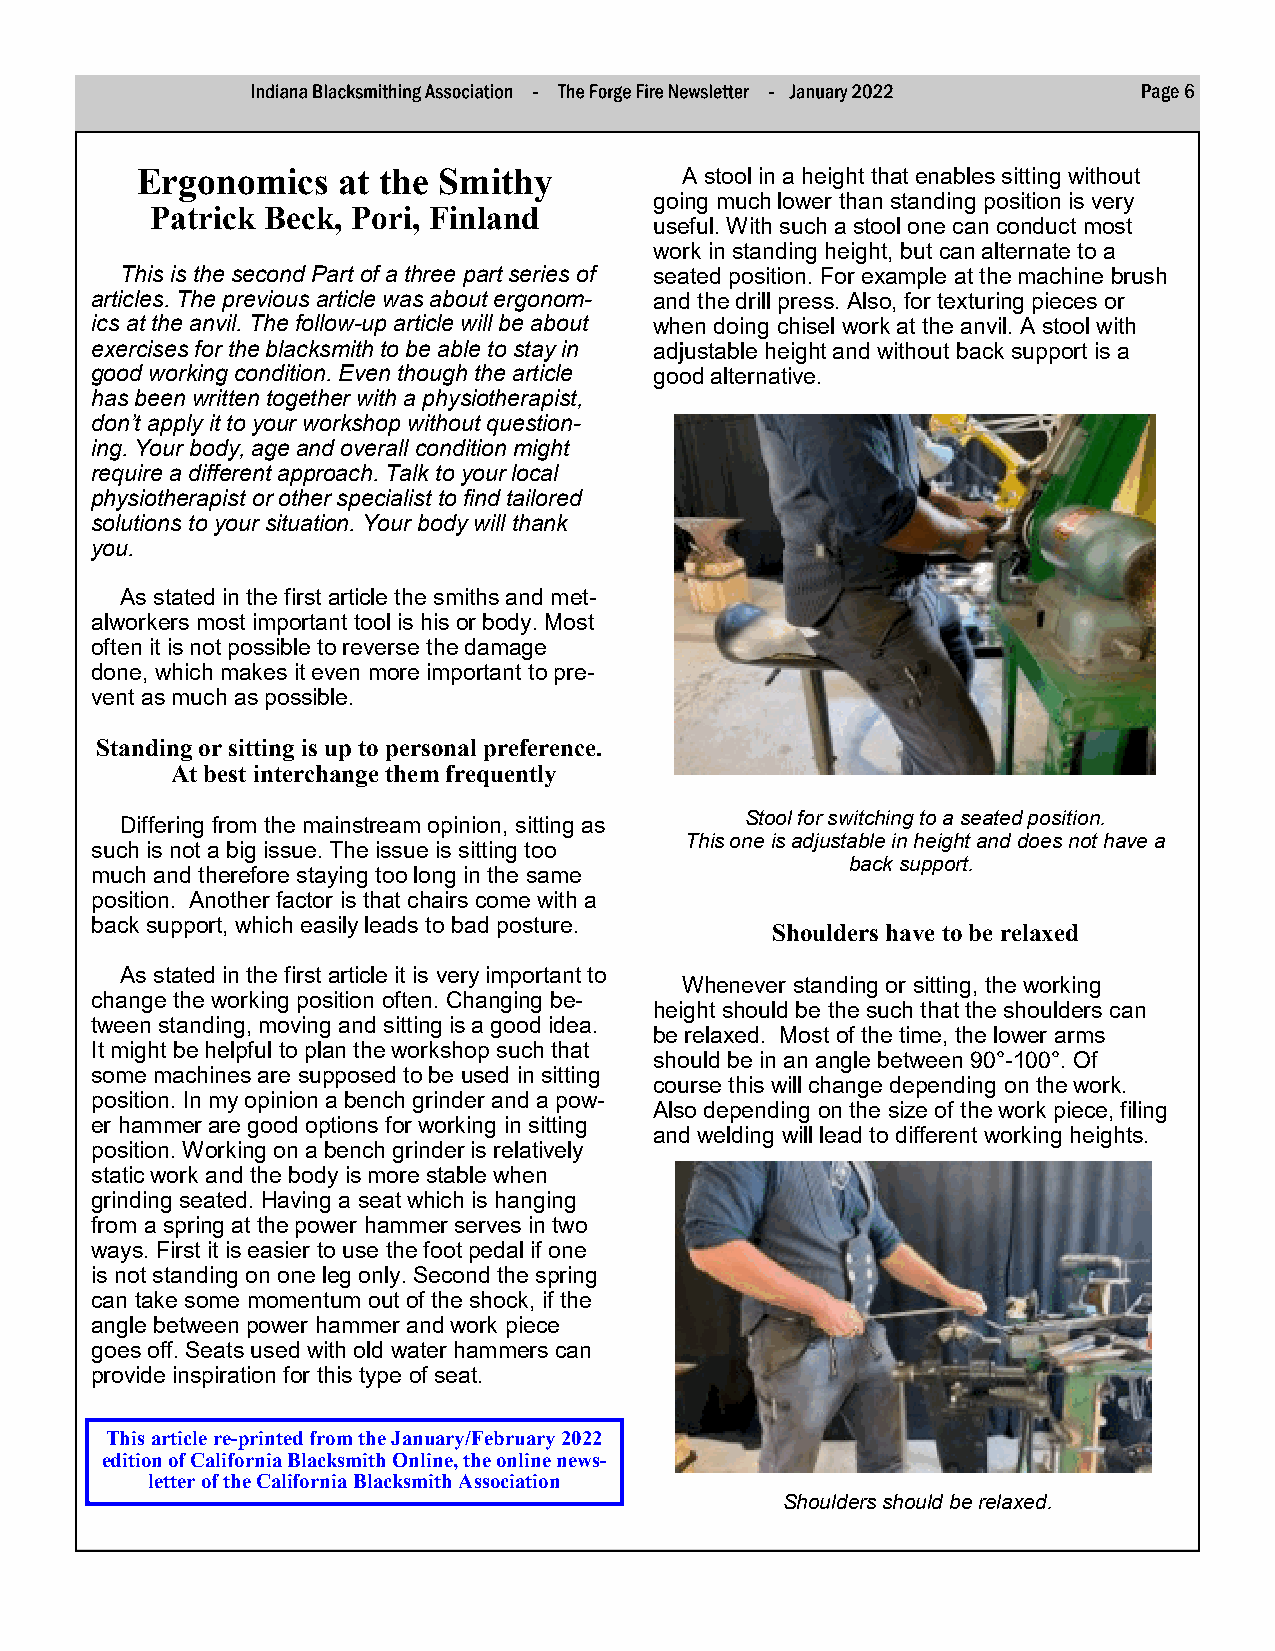
Page 6
 Ergonomics   at the Smithy          A stool in a height that enables sitting without
 going much lower than standing position is very
 Patrick Beck, Pori, Finland
 useful. With such a stool one can conduct most
 work in standing height, but can alternate to a
 This is the second Part of a three part series of seated position. For example at the machine brush
 articles. The previous article was about ergonom- and the drill press. Also, for texturing pieces or
 ics at the anvil. The follow-up article will be about when doing chisel work at the anvil. A stool with
 exercises for the blacksmith to be able to stay in adjustable height and without back support is a
 good working condition. Even though the article good alternative.
 has been written together with a physiotherapist,
 don’t apply it to your workshop without question-
 ing. Your body, age and overall condition might
 require a different approach. Talk to your local
 physiotherapist or other specialist to find tailored
 solutions to your situation. Your body will thank
 you.
 As stated in the first article the smiths and met-
 alworkers most important tool is his or body. Most
 often it is not possible to reverse the damage
 done, which makes it even more important to pre-
 vent as much as possible.
 Standing or sitting is up to personal preference.
 At best interchange them frequently
 Stool for switching to a seated position.
 Differing from the mainstream opinion, sitting as
 This one is adjustable in height and does not have a
 such is not a big issue. The issue is sitting too
 back support.
 much and therefore staying too long in the same
 position. Another factor is that chairs come with a
 back support, which easily leads to bad posture.
 Shoulders have to be relaxed
 As stated in the first article it is very important to
 Whenever standing or sitting, the working
 change the working position often. Changing be-
 height should be the such that the shoulders can
 tween standing, moving and sitting is a good idea.
 be relaxed. Most of the time, the lower arms
 It might be helpful to plan the workshop such that
 should be in an angle between 90°-100°. Of
 some machines are supposed to be used in sitting
 course this will change depending on the work.
 position. In my opinion a bench grinder and a pow-
 Also depending on the size of the work piece, filing
 er hammer are good options for working in sitting
 and welding will lead to different working heights.
 position. Working on a bench grinder is relatively
 static work and the body is more stable when
 grinding seated. Having a seat which is hanging
 from a spring at the power hammer serves in two
 ways. First it is easier to use the foot pedal if one
 is not standing on one leg only. Second the spring
 can take some momentum out of the shock, if the
 angle between power hammer and work piece
 goes off. Seats used with old water hammers can
 provide inspiration for this type of seat.
 This article re-printed from the January/February 2022
 edition of California Blacksmith Online, the online news-
 letter of the California Blacksmith Association
 Shoulders should be relaxed.